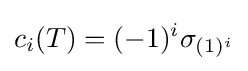
c_{i}(T)=(-1)^{i}\sigma _{(1)^{i}}